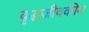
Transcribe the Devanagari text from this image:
वृद्धजीवकीय